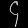
Digit: ၄